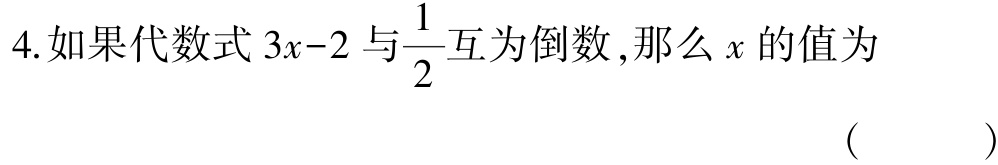
4.如果代数式\(3x - 2\)与\(\frac{1}{2}\)互为倒数,那么\(x\)的值为

( )